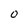
Character: O